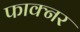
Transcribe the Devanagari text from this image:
फाक्नर